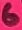
Text: 6